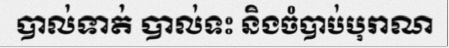
បាល់ទាត់ បាល់ទះ និងចំបាប់បុរាណ